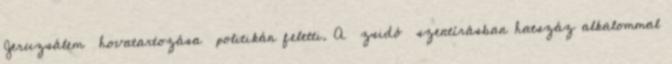
Jeruzsálem hovatartozása politikán feletti. A zsidó szentírásban hatszáz alkalommal